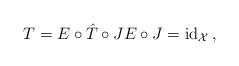
LaTeX: \begin{align*}T = E \circ \hat{T} \circ J E \circ J = \operatorname{id}_{\mathcal X}\,,\end{align*}